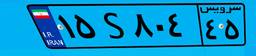
۱۵S۸۰۴۴۵